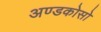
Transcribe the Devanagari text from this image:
अण्डकोसो